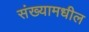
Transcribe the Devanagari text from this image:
संख्यामधील